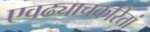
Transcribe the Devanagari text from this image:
एवढ्याचकरितां